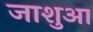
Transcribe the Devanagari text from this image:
जाशुआ